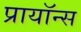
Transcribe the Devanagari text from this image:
प्रायॉन्स